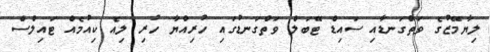
ލިޔާމޭޒުގެ ވަތްގަނޑާއި ސައިޑް ޓޭބަލް ވަތްގަނޑުގައި ހުރިއްޔާ ހުރި ލިއެ ކިއުމެއް ޓައިލްސް